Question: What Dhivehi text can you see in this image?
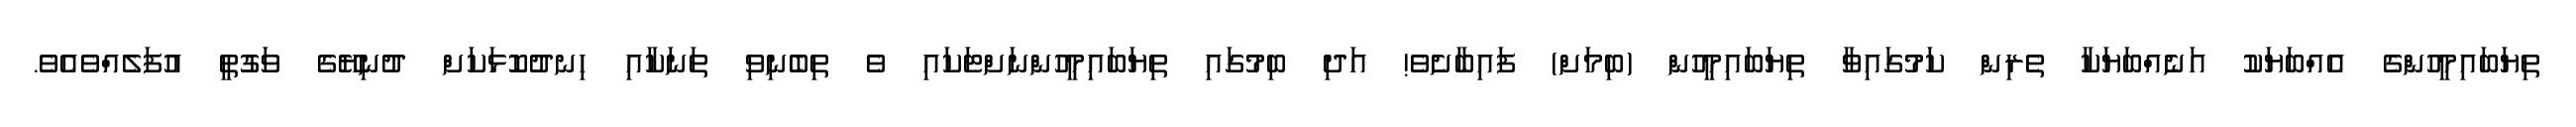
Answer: ތިޔަބައިމީހުންގެ އެއްބަޔަކު އަނެއްބަޔަކާ ތެރިން ކަމުގައިވާ ތިޔަބައިމީހުން (ބިމަށް) ފައިބާށެވެ! އަދި ބިމުގައި ތިޔަބައިމީހުންނަށްޓަކައި ވެ ތިބެނިވި ތަނަކާއި ހިނދުކޮޅަކަށް ދުނިޔޭގެ ވަގުތީ އުފަލެއްވެއެވެ.